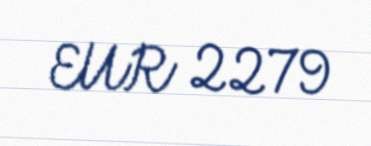
EUR 2279